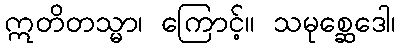
ဣတိတသ္မာ၊ ကြောင့်။ သမုစ္ဆေဒေါ၊